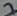
Text: 7